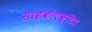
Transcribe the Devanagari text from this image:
साइकोएक्टिव